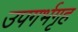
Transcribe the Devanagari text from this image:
उपगर्भगृह